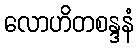
လောဟိတစန္ဒနံ